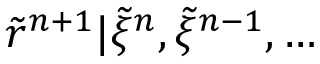
\tilde { r } ^ { n + 1 } | \tilde { \xi } ^ { n } , \tilde { \xi } ^ { n - 1 } , \dots